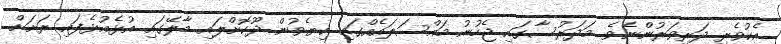
އެކުވެރި ދަރިވަރުންނެވެ. މަދަރުސާގައި ޖެހުނު މައްސަލައެއްގައި ކިޔެވުން ދޫކޮށްލައި މާލޭގައި އުޅެއުޅެފައި ރަށަށް